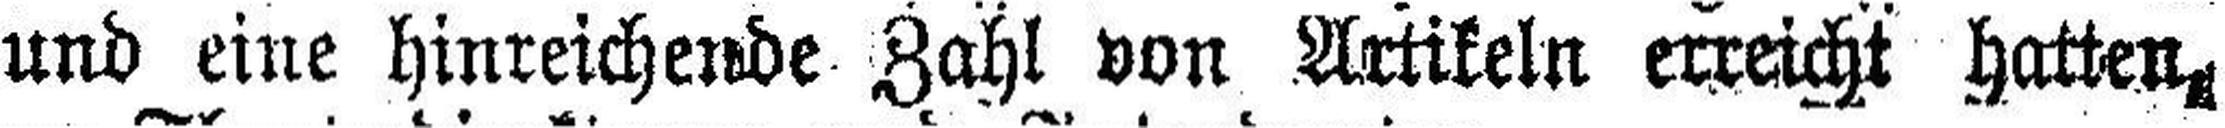
und eine hinreichende Zahl von Artikeln erreicht hatten